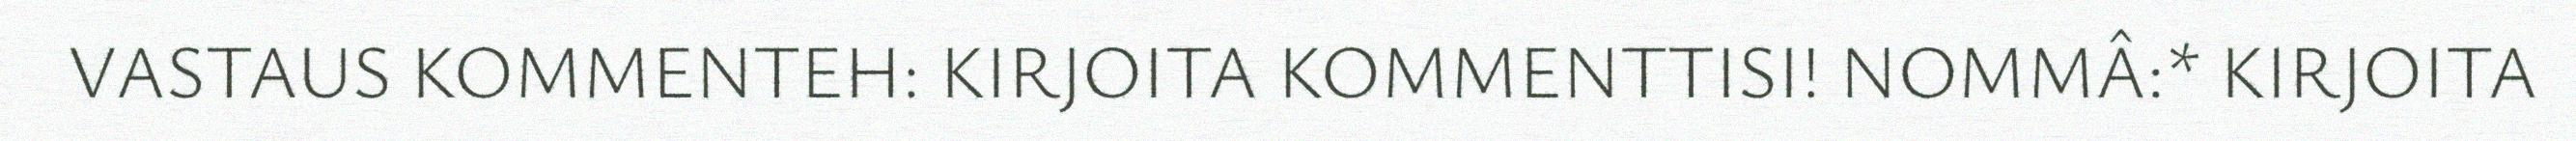
VASTAUS KOMMENTEH: KIRJOITA KOMMENTTISI! NOMMÂ:* KIRJOITA